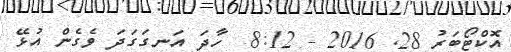
އޮކްޓޯބަރު 28